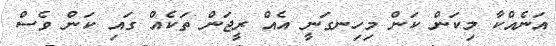
އަނެއްކާ މިކަން ކަން މިހިނގަނީ އެއް ރީޖަން ތަކެއް ގައި ކަން ވެސް